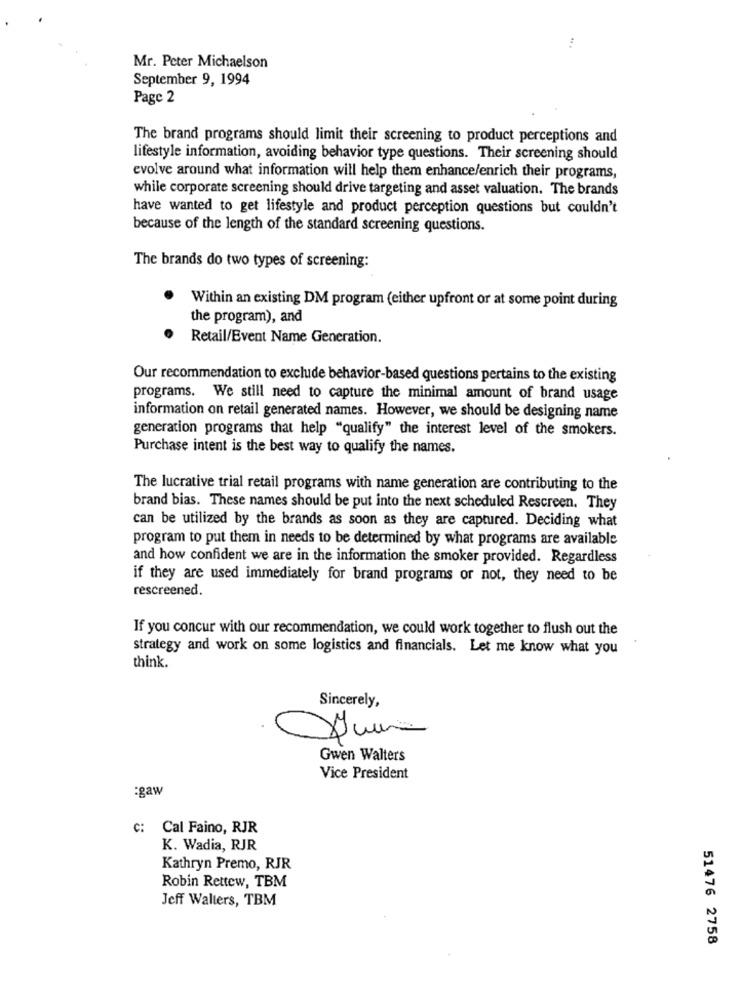
Mr. Peter Michaelson
September 9, 1994
Page 2
The brand programs should limit their screening to product perceptions and
lifestyle information, avoiding behavior type questions. Their screening should
evolve around what information will help them enhance/enrich their programs,
while corporate screening should drive targeting and asset valuation. The brands
have wanted to get lifestyle and product perception questions but couldn't
because of the length of the standard screening questions.
The brands do two types of screening:
Within an existing DM program (either upfront or at some point during
the program), and
Retail/Event Name Generation.
Our recommendation to exclude behavior-based questions pertains to the existing
programs. We still need to capture the minimal amount of brand usage
information on retail generated names. However, we should be designing name
generation programs that help "qualify" the interest level of the smokers.
Purchase intent is the best way to qualify the names.
The lucrative trial retail programs with name generation are contributing to the
brand bias. These names should be put into the next scheduled Rescreen. They
can be utilized by the brands as soon as they are captured. Deciding what
program to put them in needs to be determined by what programs are available
and how confident we are in the information the smoker provided. Regardless
if they are used immediately for brand programs or not, they need to be
rescreened.
If you concur with our recommendation, we could work together to flush out the
strategy and work on some logistics and financials. Let me know what you
think.
Sincerely,
Gwen Walters
Vice President
:gaw
C: Cal Faino, RJR
K. Wadia, RJR
Kathryn Premo, RJR
Robin Rettew, TBM
Jeff Walters, TBM
51476 2758